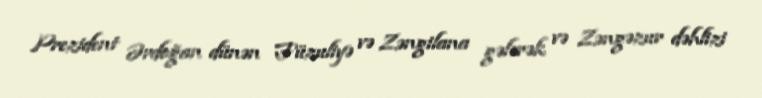
Prezident Ərdoğan dünən Füzuliyə və Zəngilana gələrək və Zəngəzur dəhlizi